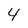
Character: 4